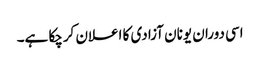
اسی دوران یونان آزادی کا اعلان کرچکا ہے۔